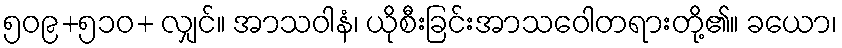
၅၀၉+၅၁၀+ လျှင်။ အာသဝါနံ၊ ယိုစီးခြင်းအာသဝေါတရားတို့၏။ ခယော၊